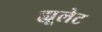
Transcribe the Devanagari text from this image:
ह्यूलेट